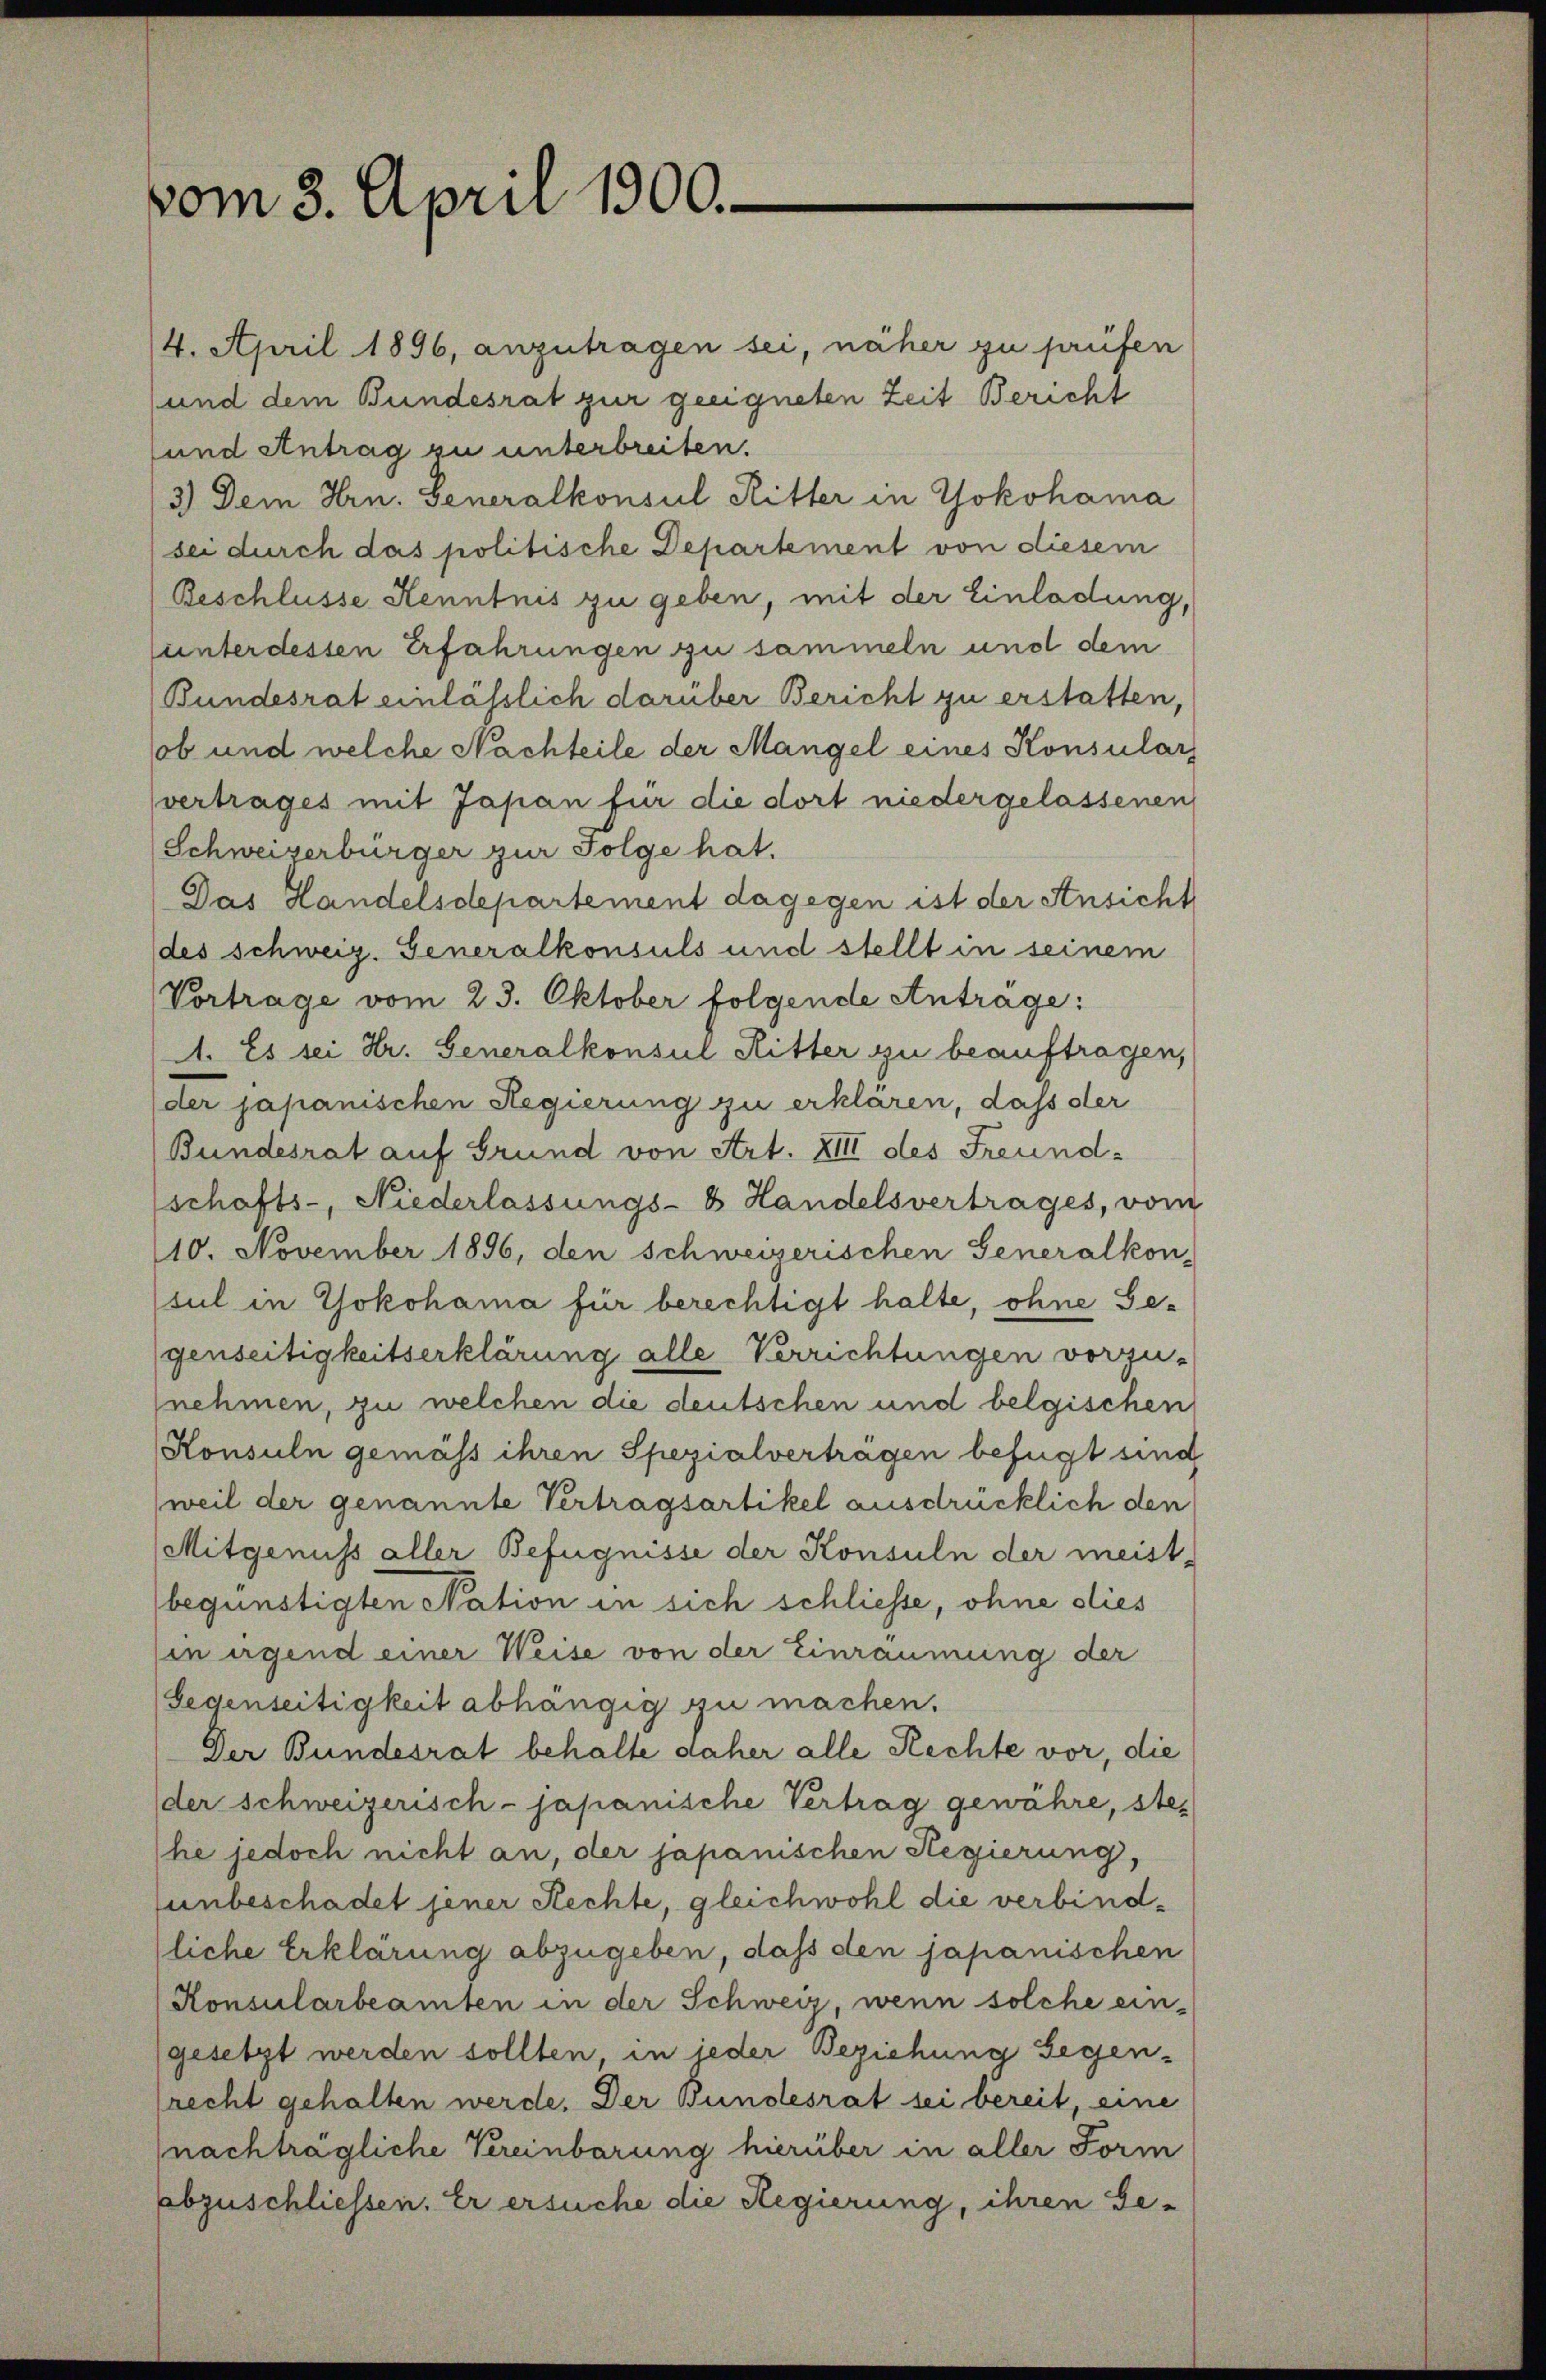
vom 3. April 1900.

4. April 1896, anzutragen sei, näher zu prüfen
und dem Bundesrat zur geeigneten Zeit Bericht
und Antrag zu unterbreiten.
3.) Dem Hrn. Generalkonsul Ritter in Yokohama
sei durch das politische Departement von diesem
Beschlüsse Kenntnis zu geben, mit der Einladung,
unter dessen Erfahrungen zu sammeln und dem
Bundesrat einlässlich darüber Bericht zu erstatten,
ob und welche Nachteile der Mangel eines Konsular-
vertrages mit Japan für die dort niedergelassenen
Schweizerbürger zur Folge hat.
Das Handelsdepartement dagegen ist der Ansicht
des schweiz. Generalkonsuls und stellt in seinem
Vortrage vom 23. Oktober folgende Antrage:
A. Es sei Hr. Generalkonsul Ritter zu beauftragen,
der japanischen Regierung zu erklären, dass der
Bundesrat auf Grund von Art. XIII des Freund-
schafts-, Niederlassungs-8 Handelsvertrages, vom
110. November 1896, den schweizerischen Generalkon-
sul in Yokohama für berechtigt halte, ohne Gegenseitigkeitserklärung alle Verrichtungen vorzu-
nehmen, zu welchen die deutschen und belgischen
Konsuln gemäss ihren Spezialvertragen befügt sind
(weil der genannte Vertragsartikel ausdrücklich den
Mitgenuss aller Befugnisse der Konsuln der meist-
begünstigten Nation in sich schliesse, ohne dies
sin irgend einer Weise von der Einräumung der
Gegenseitigkeit abhängig zu machen.
Der Bundesrat behalte daher alle Rechte vor, die
der schweizerisch - japanische Vertrag gewähre, stehe jedoch nicht an, der japanischen Regierung,
unbeschadet jener Rechte, gleichwohl die verbindliche Erklärung abzugeben, daß den japanischen
Konsularbeamten in der Schweiz, wenn solche ein-
gesetzt werden sollten, in jeder Beziehung gegen-
lrecht gehalten werde. Der Bundesrat sei bereit, eine
nachträgliche Vereinbarung hierüber in aller Form
abzuschliessen. Er ersuche die Regierung, ihren Ge-